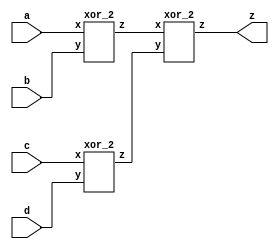
`timescale 1ns / 1ps

module parity_checker(a,b,c,d,z);
		input a,b,c,d;
		output z;
		wire w1,w2;
		
		xor_2 g1(a,b,w1);
		xor_2 g2(c,d,w2);
		xor_2 g3(w1,w2,z);

endmodule

module xor_2(x,y,z);
	input x,y;
	output z;
	assign z = ~x&y | x&~y;
	
endmodule